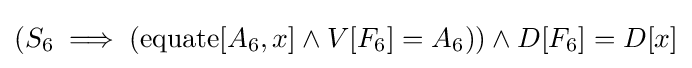
(S_{6}\implies (\operatorname {equate} [A_{6},x]\land V[F_{6}]=A_{6}))\land D[F_{6}]=D[x]